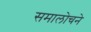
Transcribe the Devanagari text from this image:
समालोचने